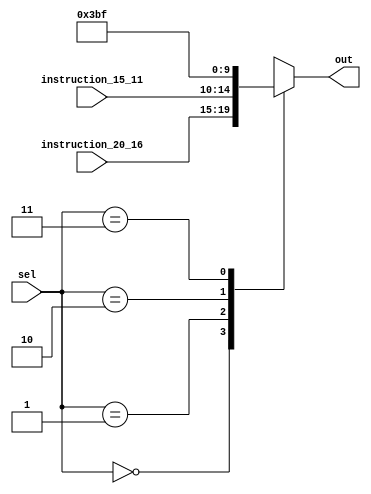
module mux_regdest(input wire [4:0] instruction_20_16,
                 input wire [4:0] instruction_15_11,
                 input wire [1:0] sel,
                 output reg [4:0] out
                 );
  
  always@(*) begin
    case (sel)
      2'b00: out = instruction_20_16;
      2'b01: out = instruction_15_11;
      2'b10: out = 5'b11101; //reg 29 
      2'b11: out = 5'b11111; //reg 31
    endcase
  end
endmodule